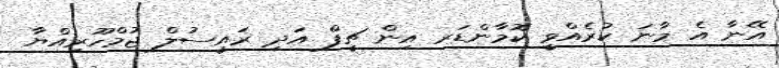
އޭނާ އެ މާނަ ކުރެއްވީ ކޮމާންޑަރ އިން ޗީފް އަދި ރައީސުލް ޖުމްހޫރިއްޔާ